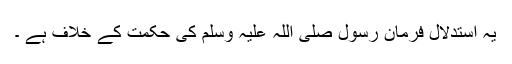
یہ استدلال فرمانِ رسول صلی اللہ علیہ وسلم کی حکمت کے خلاف ہے ۔